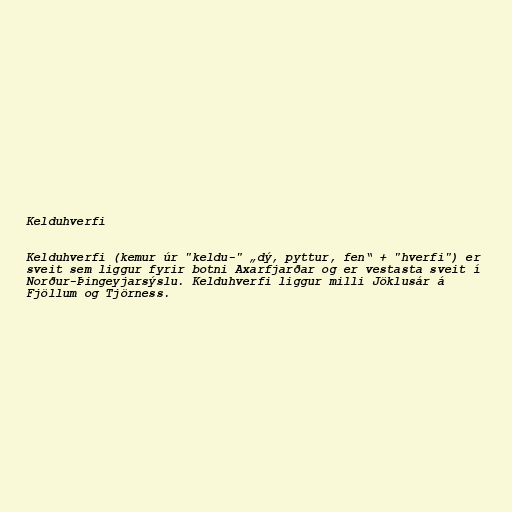
Kelduhverfi

Kelduhverfi (kemur úr "keldu-" „dý, pyttur, fen“ + "hverfi") er
sveit sem liggur fyrir botni Axarfjarðar og er vestasta sveit í
Norður-Þingeyjarsýslu. Kelduhverfi liggur milli Jöklusár á
Fjöllum og Tjörness.